On the action of the venoms of the cobra (Naja tripudians) and of the daboia (Daboia russellii) on the red blood corpuscles and on the blood plasma - Number 4
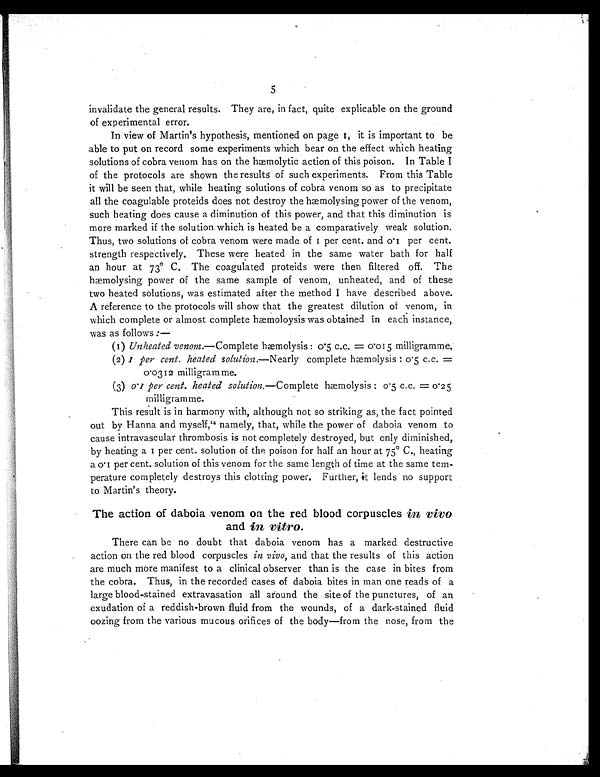
5
invalidate the general results. They are, in fact, quite explicable on the ground
of experimental error.
In view of Martin's hypothesis, mentioned on page I, it is important to be
able to put on record some experiments which bear on the effect which heating
solutions of cobra venom has on the hæmolytic action of this poison. In Table I
of the protocols are shown the results of such experiments. From this Table
it will be seen that, while heating solutions of cobra venom so as to precipitate
all the coagulable proteids does not destroy the hæmolysing power of the venom,
such heating does cause a diminution of this power, and that this diminution is
more marked if the solution which is heated be a comparatively weak solution.
Thus, two solutions of cobra venom were made of 1 per cent. and 0.I per cent.
strength respectively. These were heated in the same water bath for half
an hour at 73° C. The coagulated proteids were then filtered off. The
hæmolysing power of the same sample of venom, unheated, and of these
two heated solutions, was estimated after the method I have described above.
A reference to the protocols will show that the greatest dilution of venom, in
which complete or almost complete hæmoloysis was obtained in each instance,
was as follows:—
(1) Unheated venom.—Complete hæmolysis : 0. 5 c.c.=0 . 015 milligramme.
(2)
I per cent. heated solution.—Nearly complete hæmolysis : 0 .5 c.c.=
0 . 0312 milligramme.
(3)
0 I per cent. heated solution.—Complete hæmolysis 0 5 c.c.=0 25
milligramme.
This result is in harmony with, although not so striking as, the fact pointed
out by Hanna and myself, 14 namely, that, while the power of daboia venom to
cause intravascular thrombosis is not completely destroyed, but only diminished,
by heat i ng a I per cent . s ol ut i on of t he poi s on f or hal f an hour at 75° C. , heat i ng
a 0.I per cent. solution of this venom for the same length of time at the same tem-
perature completely destroys this clotting power. Further, it lends no support
to Martin's theory.
The action of daboia venom on the red blood corpuscles in vivo
and in vitro .
There can be no doubt that daboia venom has a marked destructive
action on the red blood corpuscles in vivo, and that the results of this action
are much more manifest to a clinical observer than is the case in bites from
the cobra. Thus, in the recorded cases of daboia bites in man one reads of a
large blood-stained extravasation all around the site of the punctures, of an
exudation of a reddish-brown fluid from the wounds, of a dark-stained fluid
oozing from the various mucous orifices of the body—from the nose, from the